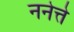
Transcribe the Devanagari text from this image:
ननेत्ते